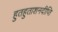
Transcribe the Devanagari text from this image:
हुतहुताशनदीप्ति